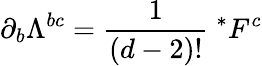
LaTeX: \partial_{b}\Lambda^{bc}=\frac{1}{(d-2)!}~^{*}F^{c}